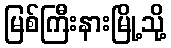
မြစ်ကြီးနားမြို့သို့